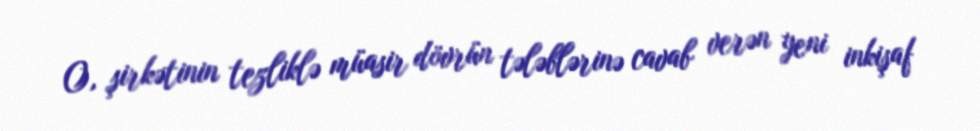
O, şirkətinin tezliklə müasir dövrün tələblərinə cavab verən yeni inkişaf